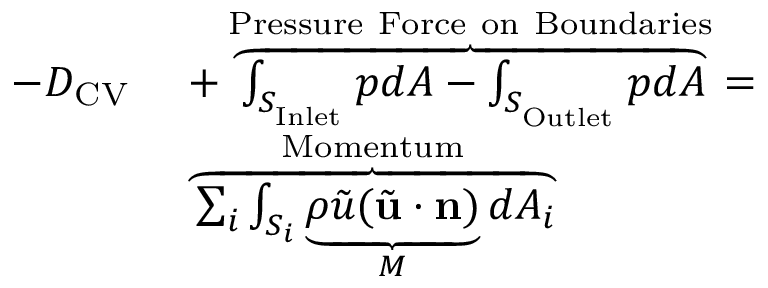
\begin{array} { r l } { - D _ { \mathrm { C V } } \ } & { + \overbrace { \int _ { S _ { _ \mathrm { I n l e t } } } p d A - \int _ { S _ { _ \mathrm { O u t l e t } } } p d A } ^ { \mathrm { P r e s s u r e \ F o r c e \ o n \ B o u n d a r i e s } } = } \\ & { \overbrace { \sum _ { i } \int _ { S _ { i } } \underbrace { \rho \tilde { u } ( \tilde { \mathbf { u } } \cdot \mathbf { n } ) } _ { M } d A _ { i } } ^ { \mathrm { M o m e n t u m } } } \end{array}